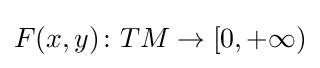
F(x,y)\colon TM\rightarrow [0,+\infty )